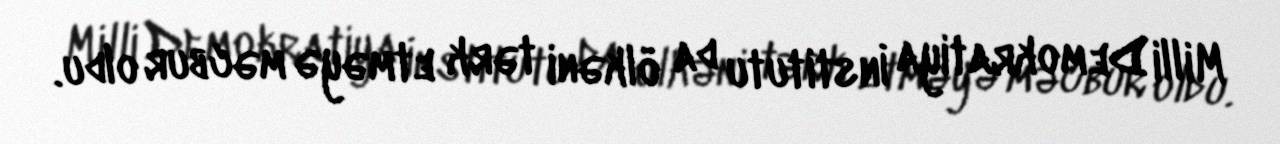
Milli Demokratiya İnstitutu da ölkəni tərk etməyə məcbur oldu.